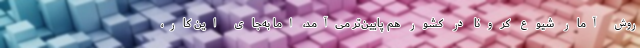
روش آمار شیوع کرونا در کشور هم پایین‌تر می‌آمد، اما به‌جای این کار،